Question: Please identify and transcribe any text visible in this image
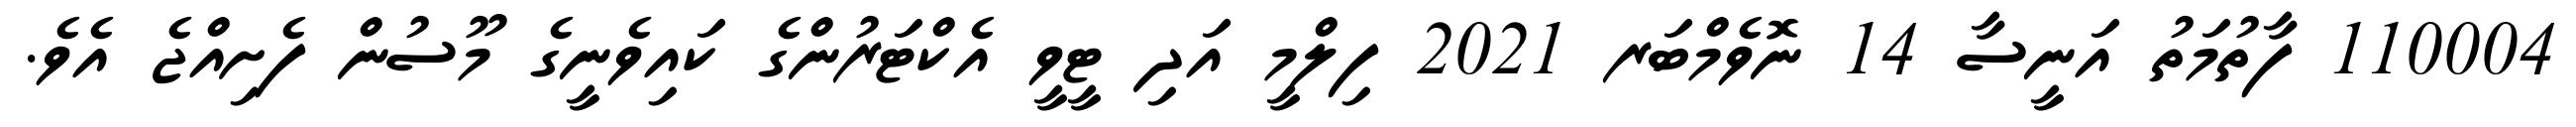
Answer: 110004 ފާތުމަތު އަނީސާ 14 ނޮވެމްބަރ 2021 ފިލްމީ އަދި ޓީވީ އެކްޓަރުންގެ ކައިވެނީގެ މޫސުން ފެށިއްޖެ އެވެ.